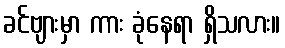
ခင်ဗျားမှာ ကား ခုံနေရာ ရှိသလား။